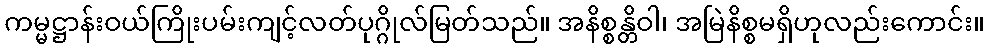
ကမ္မဋ္ဌာန်းဝယ်ကြိုးပမ်းကျင့်လတ်ပုဂ္ဂိုလ်မြတ်သည်။ အနိစ္စန္တိဝါ၊ အမြဲနိစ္စမရှိဟုလည်းကောင်း။